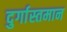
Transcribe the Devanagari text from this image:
दुर्गास्तमान